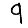
Digit: 9